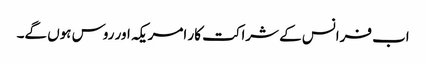
اب فرانس کے شراکت کار امریکہ اور روس ہوں گے۔